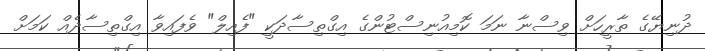
ދުނިޔޭގެ ތާރީހަށް ވިސްނާ ނަމަ ކޮމިއުނިސްޓުންގެ އިގްތިސާދަކީ "ފެއިލް" ވެފައިވާ އިގްތިސާދެއް ކަމަށް